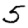
Digit: 5